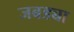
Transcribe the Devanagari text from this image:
जबड्या